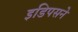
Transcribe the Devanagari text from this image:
इडिपसने